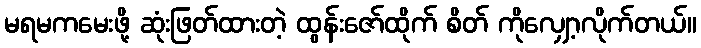
မရမကမေးဖို့ ဆုံးဖြတ်ထားတဲ့ ထွန်းဇော်ထိုက် စိတ် ကိုလျှော့လိုက်တယ်။